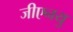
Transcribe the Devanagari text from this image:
जीएनयु